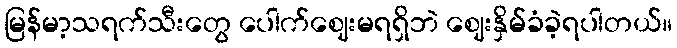
မြန်မာ့သရက်သီးတွေ ပေါက်ဈေးမရရှိဘဲ ဈေးနှိမ်ခံခဲ့ရပါတယ်။